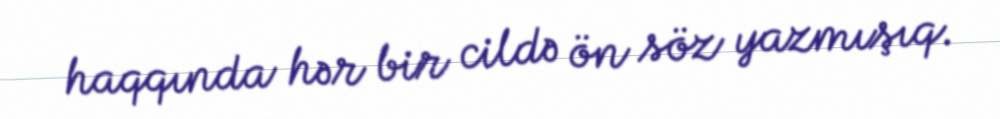
haqqında hər bir cildə ön söz yazmışıq.